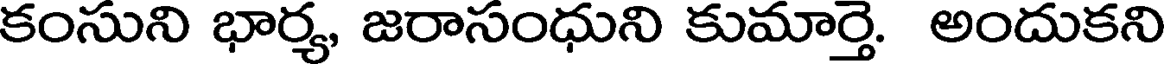
కంసుని భార్య, జరాసంధుని కుమార్తె. అందుకని